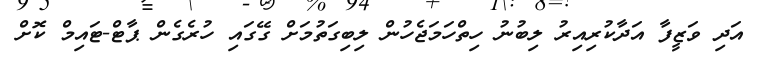
އަދި ވަޒީފާ އަދާކުރިއިރު ލިބުނު ހިތްހަމަޖެހުން ލިބިގަތުމަށް ގޭގައި ހުރެގެން ޕާޓް-ޓައިމް ކޮށް